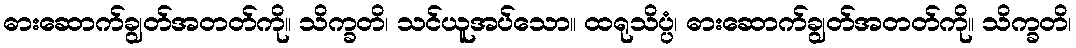
ဓားဆောက်ချွတ်အတတ်ကို။ သိက္ခတိ၊ သင်ယူအပ်သော။ ထရုသိပ္ပံ၊ ဓားဆောက်ချွတ်အတတ်ကို။ သိက္ခတိ၊